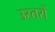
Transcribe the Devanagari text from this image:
उस्तरों